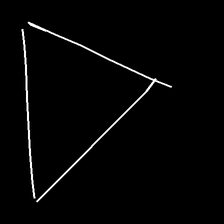
Glyph: convergence